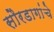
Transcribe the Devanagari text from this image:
सौरडागांचे